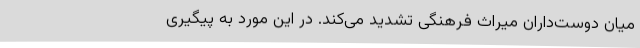
میان دوست‌داران میراث فرهنگی تشدید می‌کند. در این مورد به پیگیری